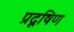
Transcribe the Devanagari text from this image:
प्रदूषिण